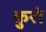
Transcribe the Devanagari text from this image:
कुरो